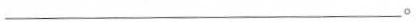
___。